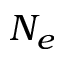
N _ { e }